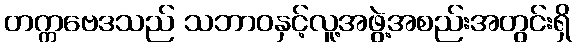
တက္ကဗေဒသည် သဘာဝနှင့်လူ့အဖွဲ့အစည်းအတွင်းရှိ